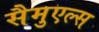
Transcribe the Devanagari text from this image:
सैमुएल्स